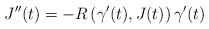
\begin{align*}J''(t)=-R\left(\gamma'(t),J(t)\right)\gamma'(t)\end{align*}